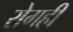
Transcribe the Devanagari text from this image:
रोगही